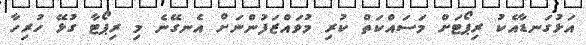
އަޅުގަނޑާއެކު ރިޕޯޓަށް މަސައްކަތް ކުރި މުވައްޒަފުންނަށް އެނގޭނެ މި ރިޕޯޓާ ގުޅޭ ހުރިހާ